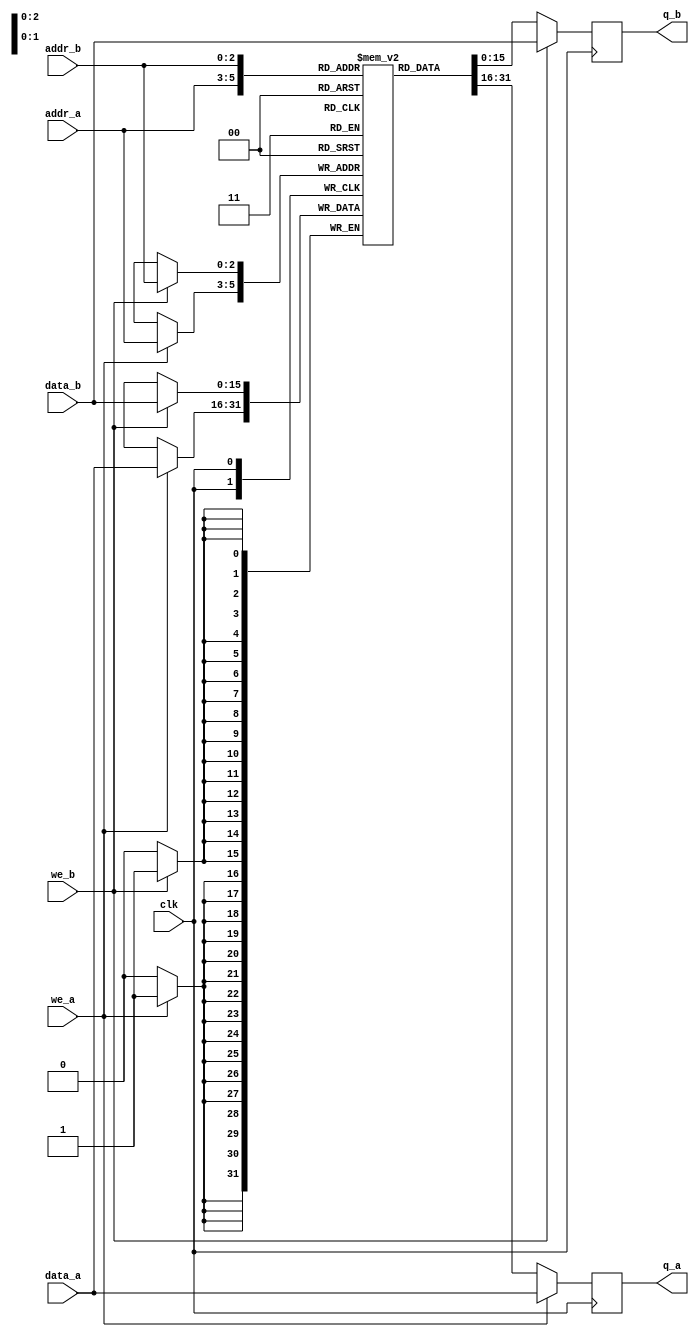
module ram_E0
#(parameter DATA_WIDTH=16, parameter ADDR_WIDTH=3)
(
	input [(DATA_WIDTH-1):0] data_a, data_b,
	input [(ADDR_WIDTH-1):0] addr_a, addr_b,
	input we_a, we_b, clk,
	output reg [(DATA_WIDTH-1):0] q_a, q_b
);


initial 
	begin : INIT
			
			ram[0]=16'b0000000010000100;
			
			//ram[2]=16'b0000000010000100;
			ram[3]=16'b0000000000000001;
			ram[4]=16'b0110000000010110;
			
			ram[5]=16'b0100001000011010;
			
			ram[6]=16'b0001110000000000;
			
			ram[7]=16'b0100000000011010;
			
			ram[2]=16'b0000000010000101;//ram;
			
			//ram[5]=16'b0100000000011010;
			//ram[6]=16'b0000000001001001;//ram[6]=16'b0000000010000101;ram[6]=16'b0000000010000101;
	end 

	// Declare the RAM variable
	(* ramstyle = "M9K" *) reg [DATA_WIDTH-1:0] ram[2**ADDR_WIDTH-1:0];

	// Port A 
	always @ (posedge clk)
	begin
		if (we_a) 
		begin
			ram[addr_a] <= data_a;
			q_a <= data_a;
		end
		else 
		begin
			q_a <= ram[addr_a];
		end 
	end 

	// Port B 
	always @ (posedge clk)
	begin
		if (we_b) 
		begin
			ram[addr_b] <= data_b;
			q_b <= data_b;
		end
		else 
		begin
			q_b <= ram[addr_b];
		end 
	end

endmodule